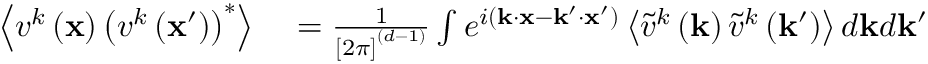
\begin{array} { r l } { \left\langle v ^ { k } \left( \mathbf { x } \right) \left( v ^ { k } \left( \mathbf { x } ^ { \prime } \right) \right) ^ { * } \right\rangle } & { { } = \frac { 1 } { \left[ 2 \pi \right] ^ { ( d - 1 ) } } \int e ^ { i ( \mathbf { k } \cdot \mathbf { x } - \mathbf { k } ^ { \prime } \cdot \mathbf { x } ^ { \prime } ) } \left\langle \tilde { v } ^ { k } \left( \mathbf { k } \right) \tilde { v } ^ { k } \left( \mathbf { k } ^ { \prime } \right) \right\rangle d \mathbf { k } d \mathbf { k } ^ { \prime } } \end{array}